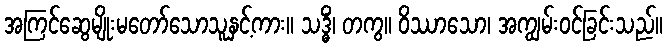
အကြင်ဆွေမျိုးမတော်သောသူနှင့်ကား။ သဒ္ဓိံ၊ တကွ။ ဝိဿာသော၊ အကျွမ်းဝင်ခြင်းသည်။